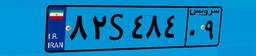
۸۸S۷۰۸۳۶